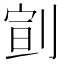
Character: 𠝳